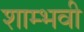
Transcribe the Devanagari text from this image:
शाम्भवी